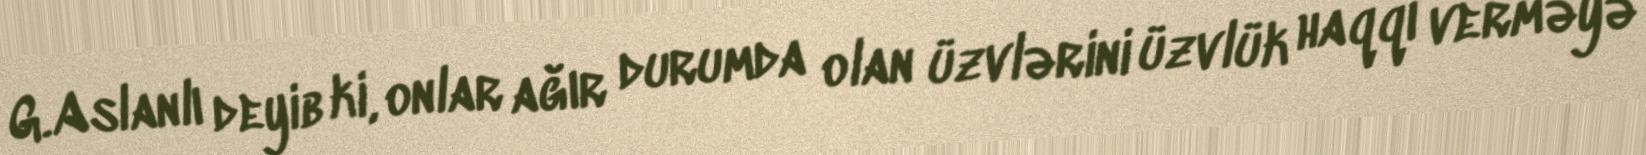
G.Aslanlı deyib ki, onlar ağır durumda olan üzvlərini üzvlük haqqı verməyə